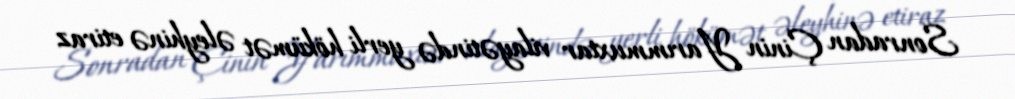
Sonradan Çinin Yarımmuxtar vilayətində yerli hökümət əleyhinə etiraz